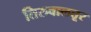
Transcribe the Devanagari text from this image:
तिरुवालत्तूर